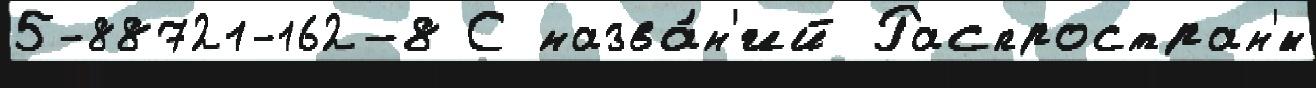
5-88721-162-8 С назва́н'ий Распростран'́н